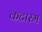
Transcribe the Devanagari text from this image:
कटारम